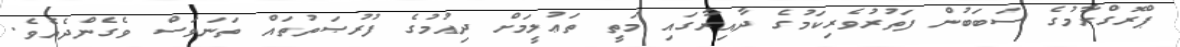
ޕްރޮގްރާމުގެ ސަބަބުން ފަތުރުވެރިކަމުގެ ދާއިރާގައި މަތީ ތަޢުލީމަށް ދިއުމުގެ ފުރުޞަތުތައް ތަނަވަސް ވެގެންދެއެވެ.